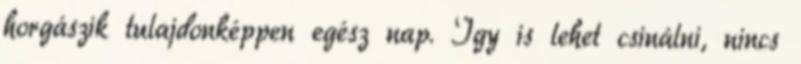
horgászik tulajdonképpen egész nap. Így is lehet csinálni, nincs